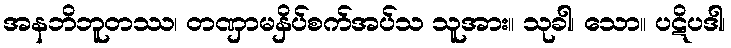
အနဘိဘူတဿ၊ တဏှာမနှိပ်စက်အပ်သ သူအား။ သုခါ၊ သော။ ပဋိပဒါ၊